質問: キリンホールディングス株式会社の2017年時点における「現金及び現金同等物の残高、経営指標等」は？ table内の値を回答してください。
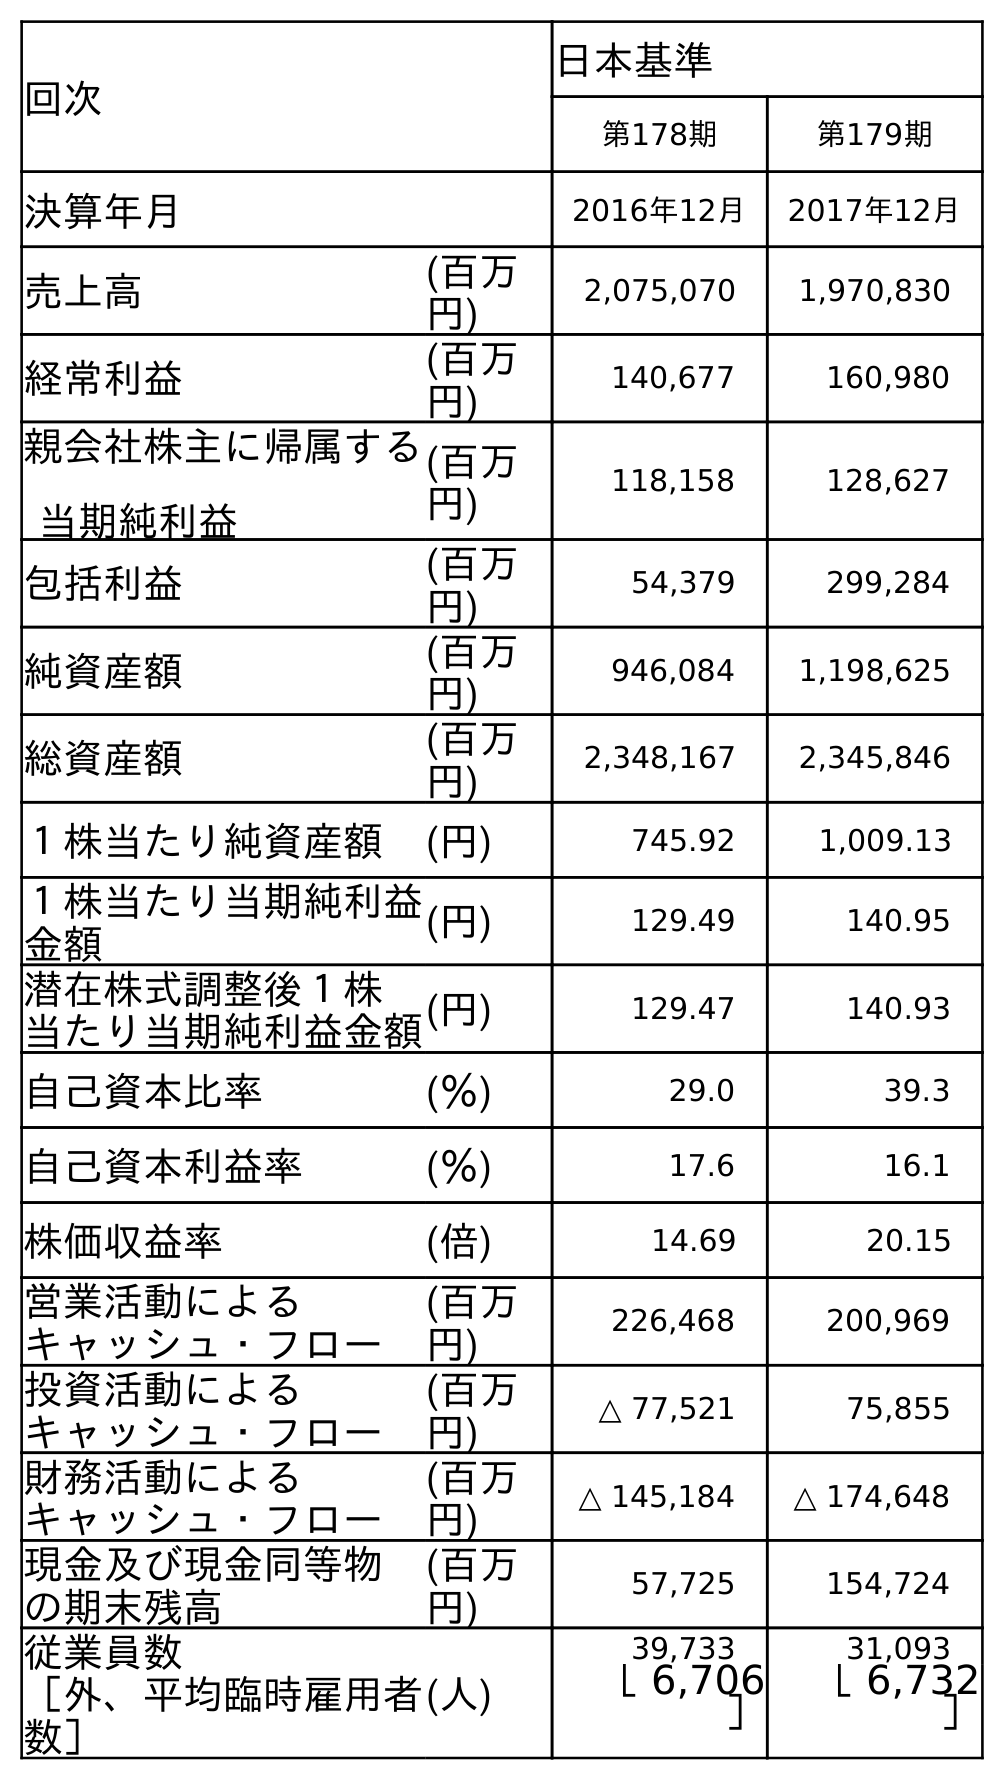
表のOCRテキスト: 回次 日本基準 第178期 第179期 決算年月 2016年12月 2017年12月 売上高 (百万 円) 2,075,070 1,970,830 経常利益 (百万 円) 140,677 160,980 親会社株主に帰属する 当期純利益 (百万 円) 118,158 128,627 包括利益 (百万 円) 54,379 299,284 純資産額 (百万 円) 946,084 1,198,625 総資産額 (百万 円) 2,348,167 2,345,846 １株当たり純資産額 (円) 745.92 1,009.13 １株当たり当期純利益 金額 (円) 129.49 140.95 潜在株式調整後１株 当たり当期純利益金額(円) 129.47 140.93 自己資本比率 (％) 29.0 39.3 自己資本利益率 (％) 17.6 16.1 株価収益率 (倍) 14.69 20.15 営業活動による キャッシュ・フロー (百万 円) 226,468 200,969 投資活動による キャッシュ・フロー (百万 円) △ 77,521 75,855 財務活動による キャッシュ・フロー (百万 円) △ 145,184 △ 174,648 現金及び現金同等物 の期末残高 (百万 円) 57,725 154,724 従業員数 ［外、平均臨時雇用者 数］ (人) 39,733 31,093 ［ 6,706 ］ ［ 6,732 ］
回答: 154,724